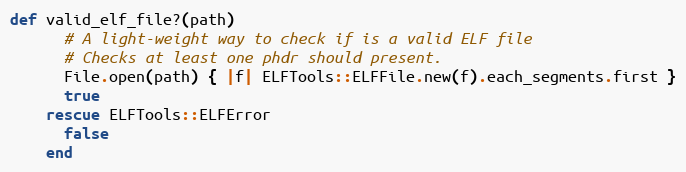
Language: Ruby
def valid_elf_file?(path)
      # A light-weight way to check if is a valid ELF file
      # Checks at least one phdr should present.
      File.open(path) { |f| ELFTools::ELFFile.new(f).each_segments.first }
      true
    rescue ELFTools::ELFError
      false
    end